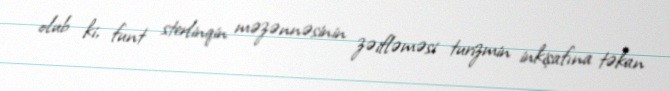
olub ki, funt sterlinqin məzənnəsinin zəifləməsi turizmin inkişafına təkan